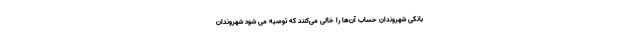
بانکی شهروندان حساب آن‌ها را خالی می‌کنند که توصیه می شود شهروندان